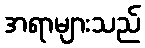
အရာများသည်